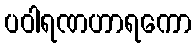
ပဝါရဏဟာရကော